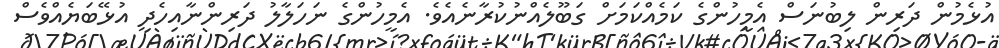
އުޅެމުން ދަރިން ލިބުނަސް އެމީހުންގެ ކަމެއްކަމަށް ގަބޫލެއްނުކުރާނެއެވެ. އެމީހުންގެ ނަހަލާލު ދަރިންނާއިހެދި އުޅޭބަޔެއްވެސް